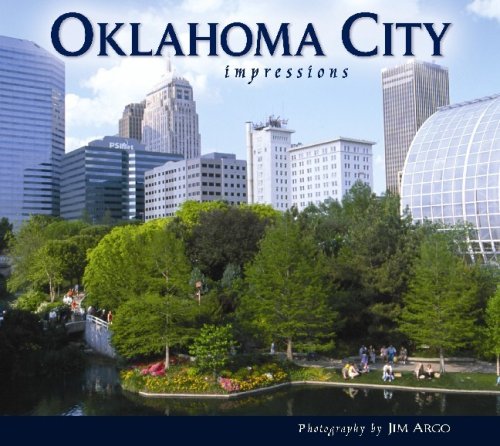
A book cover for Oklahoma City Impressions (Impressions (Farcountry Press)); photography by Jim Argo; Travel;